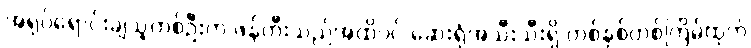
အရုပ်ရောင်းချသူတစ်ဦးက ဖန်တီးသည်အထိပင် ဆေးရုံအသီးသီးရှိ တစ်နှစ်တစ်ကြိမ်ထုတ်